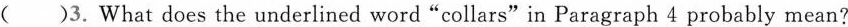
( )3.What does the underlined word "collars" in Paragraph 4 probably mean?